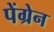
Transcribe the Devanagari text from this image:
पेंग्रेन